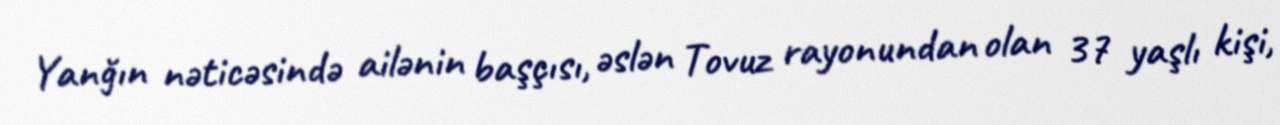
Yanğın nəticəsində ailənin başçısı, əslən Tovuz rayonundan olan 37 yaşlı kişi,